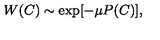
W ( C ) \sim \exp [ - \mu P ( C ) ] ,